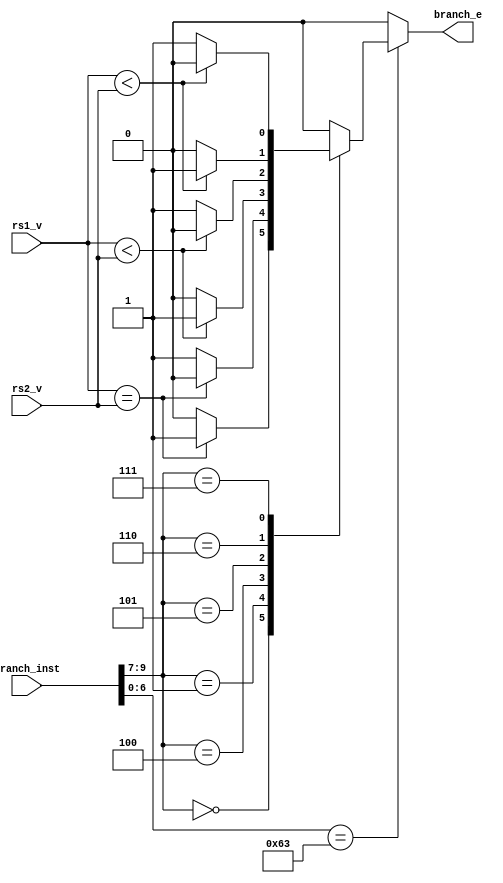
`timescale 1ns / 1ps
//////////////////////////////////////////////////////////////////////////////////
// Company: 
// Engineer: 
// 
// Design Name: 
// Module Name: branch
// Project Name: 
// Target Devices: 
// Tool Versions: 
// Description: 
// 
// Dependencies: 
// 
// Revision:
// Revision 0.01 - File Created
// Additional Comments:
// 
//////////////////////////////////////////////////////////////////////////////////


module branch(
    input [9:0] branch_inst,
    input [31:0] rs1_v,
    input [31:0] rs2_v,
    output reg branch_e
    );
    
    always @(*) begin
        case(branch_inst[6:0])
            7'b1100011: begin // rv32i b-type branch
                case(branch_inst[9:7])
                    3'b000: // beq
                        branch_e = (rs1_v == rs2_v) ? 1 : 0;
                    3'b001: // bne
                        branch_e = (rs1_v == rs2_v) ? 0 : 1;
                    3'b100: // blt
                        branch_e = ($signed(rs1_v) < $signed(rs2_v)) ? 1 : 0;
                    3'b101: // bge
                        branch_e = ($signed(rs1_v) < $signed(rs2_v)) ? 0 : 1;
                    3'b110: // bltu
                        branch_e = (rs1_v < rs2_v) ? 1 : 0;
                    3'b111: // bgeu
                        branch_e = (rs1_v < rs2_v) ? 0 : 1;
                    default:
                        branch_e = 0;
                endcase
            end
            default:
                branch_e = 0;
        endcase
    end
endmodule